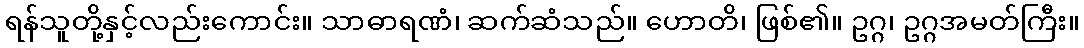
ရန်သူတို့နှင့်လည်းကောင်း။ သာဓာရဏံ၊ ဆက်ဆံသည်။ ဟောတိ၊ ဖြစ်၏။ ဥဂ္ဂ၊ ဥဂ္ဂအမတ်ကြီး။